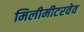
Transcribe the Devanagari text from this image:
मिलीमीटरवेव